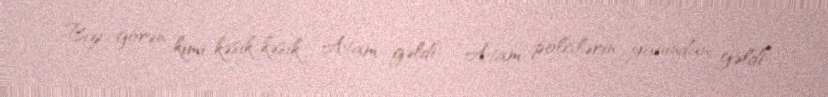
Bizi görən kimi kəsik-kəsik “Atam gəldi”, “Atam polislərin yanından gəldi”